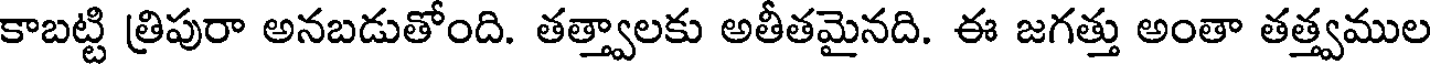
కాబట్టి త్రిపురా అనబడుతోంది. తత్త్వాలకు అతీతమైనది. ఈ జగత్తు అంతా తత్త్వముల